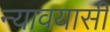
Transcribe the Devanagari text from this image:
न्यावयासी